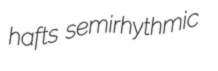
hafts semirhythmic